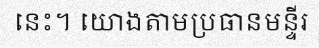
នេះ។ យោងតាមប្រធានមន្ទីរ